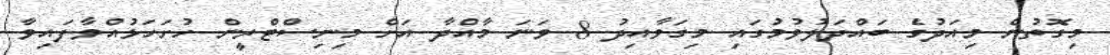
މިގޮތުން މިއަދުގެ ބައްދަލުވުމުގައި މިގަވާއިދު 8 ވަނަ މާއްދާ އަށް މިނިސްޓްރީން ހުށަހަޅުއްވާފައިވާ